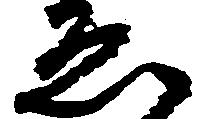
ゑ